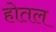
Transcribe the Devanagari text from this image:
होतल